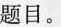
题目。